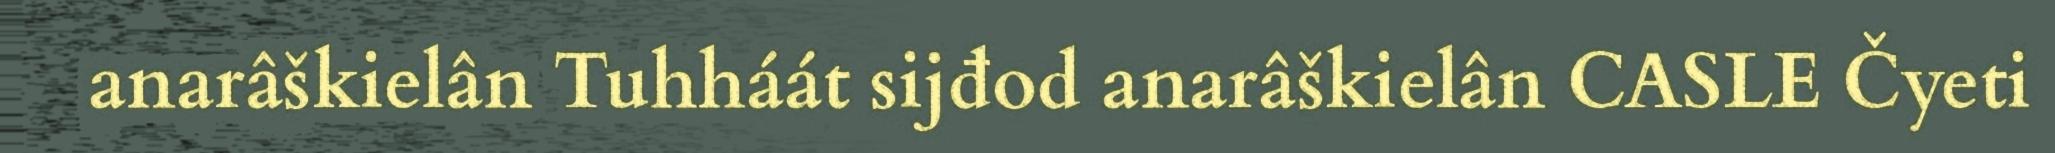
anarâškielân Tuhháát sijđod anarâškielân CASLE Čyeti